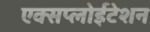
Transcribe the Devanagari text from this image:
एक्सप्लोईटेशन